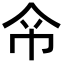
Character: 𢁰